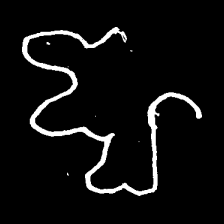
Pyu character \u2014 Myanmar letter: ဈ (romanized: jha)